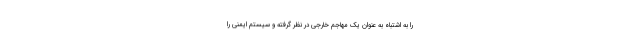
را به اشتباه به عنوان یک مهاجم خارجی در نظر گرفته و سیستم ایمنی را